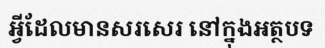
អ្វីដែលមានសរសេរ នៅក្នុងអត្ថបទ